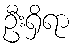
ဦးရှိရာ